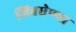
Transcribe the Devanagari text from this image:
जिवघेण्या